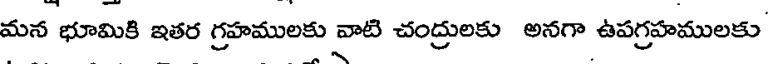
మన భూమికి ఇతర గ్రహములకు వాటి చంద్రులకు అనగా ఉపగ్రహములకు